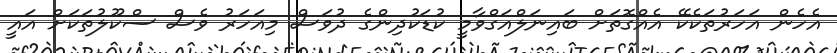
އެހެން އަހަރުތަކެކޭ އެއްގޮތަށް ބައިނަލްއަގްވާމީ ކުޑަކުދިންގެ ދުވަސް މިއަހަރު ވެސް ސްކޫލުތަކަށް އައީ